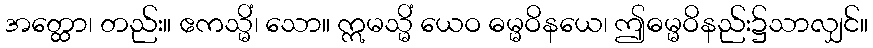
အတ္ထော၊ တည်း။ ဧကသ္မိံ၊ သော။ ဣမသ္မိံ ယေဝ ဓမ္မဝိနယေ၊ ဤဓမ္မဝိနည်း၌သာလျှင်။